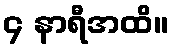
၄ နာရီအထိ။